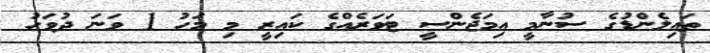
ތައިލެންޑުގެ ސުނާމީ އިމަޖެންސީ ޓަވަރެއްގެ ކައިރީ މި މަހު 1 ވަނަ ދުވަހު